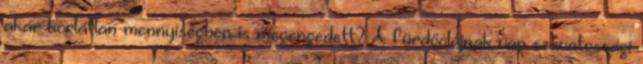
akár korlátlan mennyiségben is megengedett? A fürdőolajnak van szavatossági